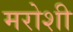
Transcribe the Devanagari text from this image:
मरोशी